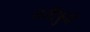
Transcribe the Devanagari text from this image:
मादीफुले